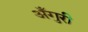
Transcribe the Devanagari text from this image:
अँगुरी